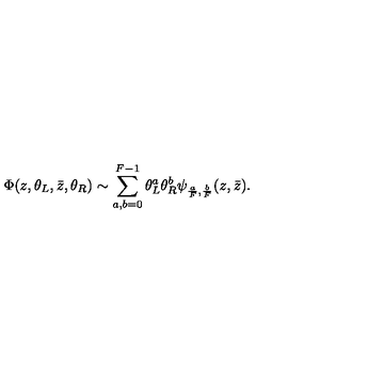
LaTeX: \Phi ( z , \theta _ { L } , \bar { z } , \theta _ { R } ) \sim \sum _ { a , b = 0 } ^ { F - 1 } \theta _ { L } ^ { a } \theta _ { R } ^ { b } \psi _ { { \frac { a } { F } } , { \frac { b } { F } } } ( z , { \bar { z } } ) .